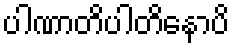
ပါဏာတိပါတိနောပိ